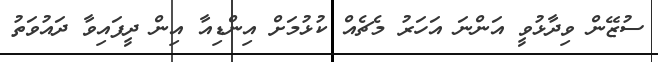
ސުޒޭން ވިދާޅުވީ އަންނަ އަހަރު މެޗެއް ކުޅުމަށް އިންޑިއާ އިން ދީފައިވާ ދައުވަތު